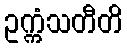
ဥက္ကံသတီတိ